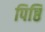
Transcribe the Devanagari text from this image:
पिष्ठि